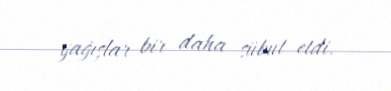
yağışlar bir daha sübut etdi.